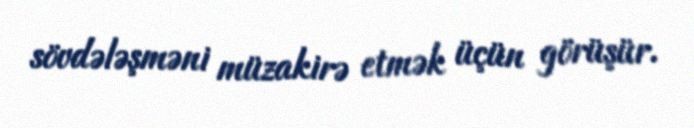
sövdələşməni müzakirə etmək üçün görüşür.